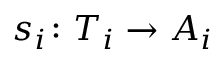
s _ { i } \colon T _ { i } \rightarrow A _ { i }